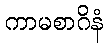
ကာမစာဂိနံ